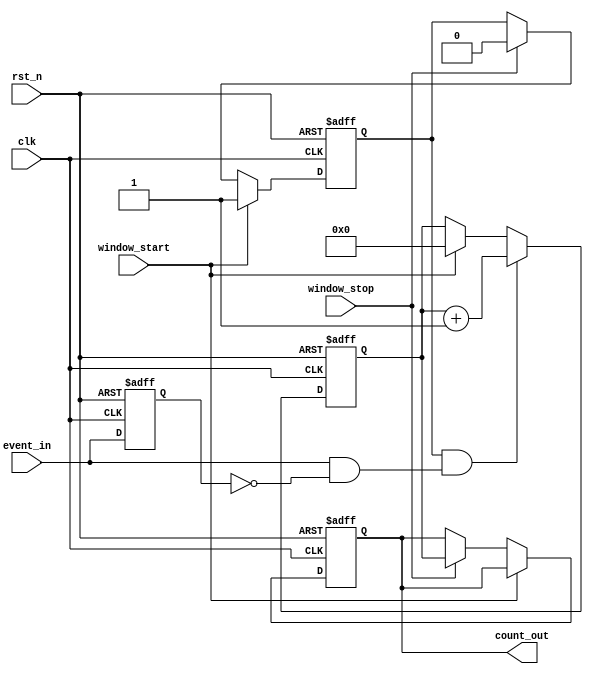
module windowed_counter #(
    parameter COUNTER_WIDTH = 8 // Define the width of the counter (8-bit by default)
)(
    input wire clk,              // Clock signal
    input wire rst_n,            // Active low reset signal
    input wire event_in,         // Input event signal
    input wire window_start,      // Window start signal
    input wire window_stop,       // Window stop signal
    output reg [COUNTER_WIDTH-1:0] count_out // Current count output
);

    // State declaration
    reg counting;                // Indicates if the counter is in counting state
    reg [COUNTER_WIDTH-1:0] count; // Internal counter register

    // Edge detection for the event input
    reg event_in_prev;          // Previous state of event_in for edge detection

    always @(posedge clk or negedge rst_n) begin
        if (!rst_n) begin
            // Asynchronous reset
            count <= 0;
            count_out <= 0;
            counting <= 0;
            event_in_prev <= 0;
        end else begin
            // Update previous state of event_in
            event_in_prev <= event_in;

            // Handle window start and stop signals
            if (window_start) begin
                counting <= 1;         // Start counting
                count <= 0;            // Reset the count
            end else if (window_stop) begin
                counting <= 0;         // Stop counting
                count_out <= count;    // Latch the current count
            end

            // Update the count on rising edge of event_in if counting is active
            if (counting && (event_in && !event_in_prev)) begin
                count <= count + 1;    // Increment count
            end
        end
    end

endmodule